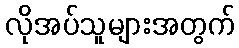
လိုအပ်သူများအတွက်